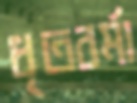
ধৃতবর্মা